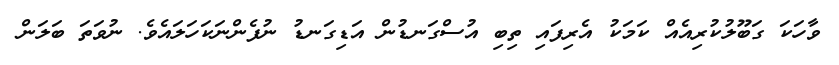
ވާހަކަ ގަބޫލުކުރިއެއް ކަމަކު އެރިފައި ތިބި އުސްގަނޑުން އަޑިގަނޑު ނުފެންނަކަހަލައެވެ. ނުވަތަ ބަލަން